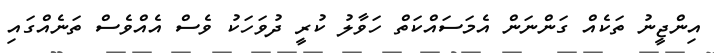
އިންޖީނު ތަކެއް ގަންނަން އެމަސައްކަތް ހަވާލު ކުރީ ދުވަހަކު ވެސް އެއްވެސް ތަނެއްްގައި